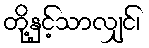
တို့နှင့်သာလျှင်၊